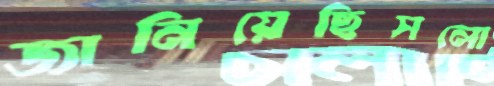
জানিয়েছিসলো